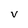
Character: V